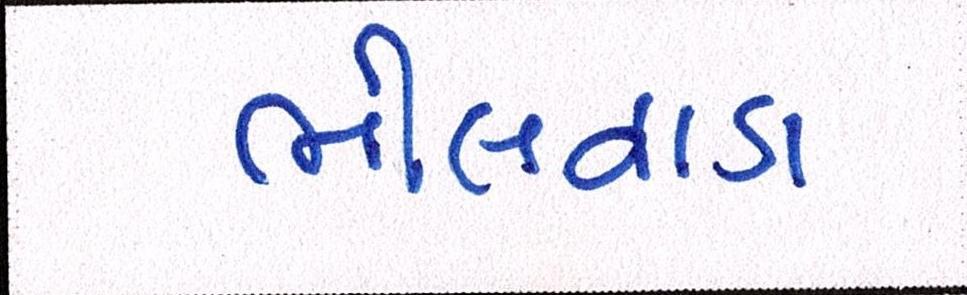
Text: ભીલવાડા